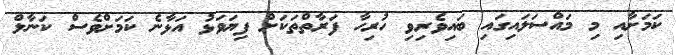
ކަމަށާއި މި މައްސަލައިގައި ބައިވެރިވި ހުރިހާ ފަރާތްތަކަށް ފިޔަވަޅު އަޅާނެ ކަމަށްވެސް ކަނާލް